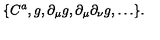
\{ C ^ { a } , g , \partial _ { \mu } g , \partial _ { \mu } \partial _ { \nu } g , \ldots \} .